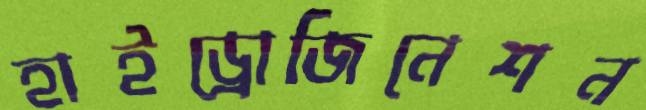
হাইড্রোজিনেশন